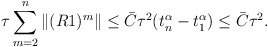
\begin{align*} \tau\sum\limits^{n}_{m=2}\|(R1)^{m}\|\leq \bar{C}\tau^{2}(t_{n}^{\alpha}-t_{1}^{\alpha})\leq \bar{C}\tau^2. \end{align*}